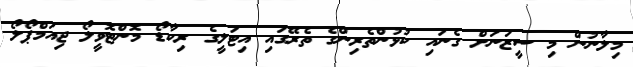
މިލާނުން މި ސީޒަނަށް ގެނައި ކުޅުންތެރިންގެ ތެރޭގައި އިޓަލީގެ ރިކާޑޯ މޮންޓޮވީލޯ ޖިއަމްޕޯލޯ